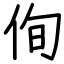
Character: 侚